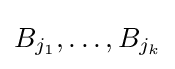
B_{j_{1}},\dots ,B_{j_{k}}